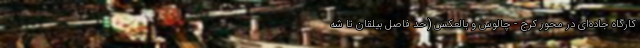
کارگاه جاده‌ای در محور کرج - چالوس و بالعکس (حد فاصل بیلقان تا شه